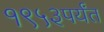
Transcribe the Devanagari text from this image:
१९५३पर्यंत